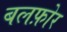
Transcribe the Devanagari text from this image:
बलफ़ोर